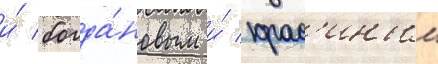
и́ богда́новым и́ крас'иным